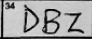
Transcription: DBZ